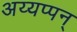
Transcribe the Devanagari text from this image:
अय्यप्पन्